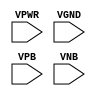
module sky130_fd_sc_lp__tapvgnd2 (
    VPWR,
    VGND,
    VPB ,
    VNB
);

    // Module ports
    input VPWR;
    input VGND;
    input VPB ;
    input VNB ;
     // No contents.
endmodule